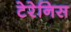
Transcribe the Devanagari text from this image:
टेरेनिस